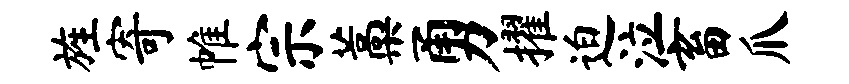
旌寄帷宗藁勇擢迫泣畜爪